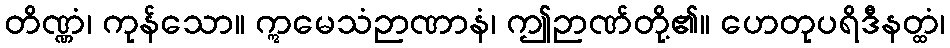
တိဏ္ဏံ၊ ကုန်သော။ ဣမေသံဉာဏာနံ၊ ဤဉာဏ်တို့၏။ ဟေတုပရိဒီနတ္ထံ၊